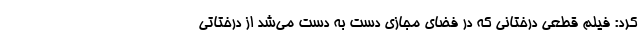
کرد: فیلم قطعی درختانی که در فضای مجازی دست به دست می‌شد از درختاتی